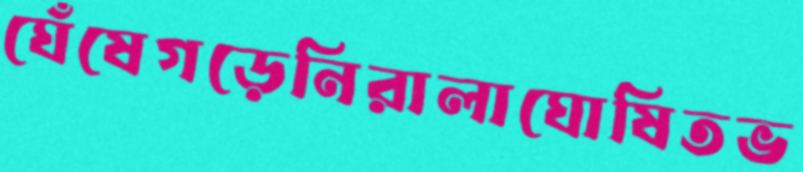
ঘেঁষেগড়েনিরালাঘোষিতভ